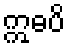
ဣဓပိ